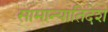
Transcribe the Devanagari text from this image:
सामान्यातिदेश